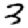
Digit: 3